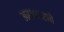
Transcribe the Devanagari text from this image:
अर्जदाराचे